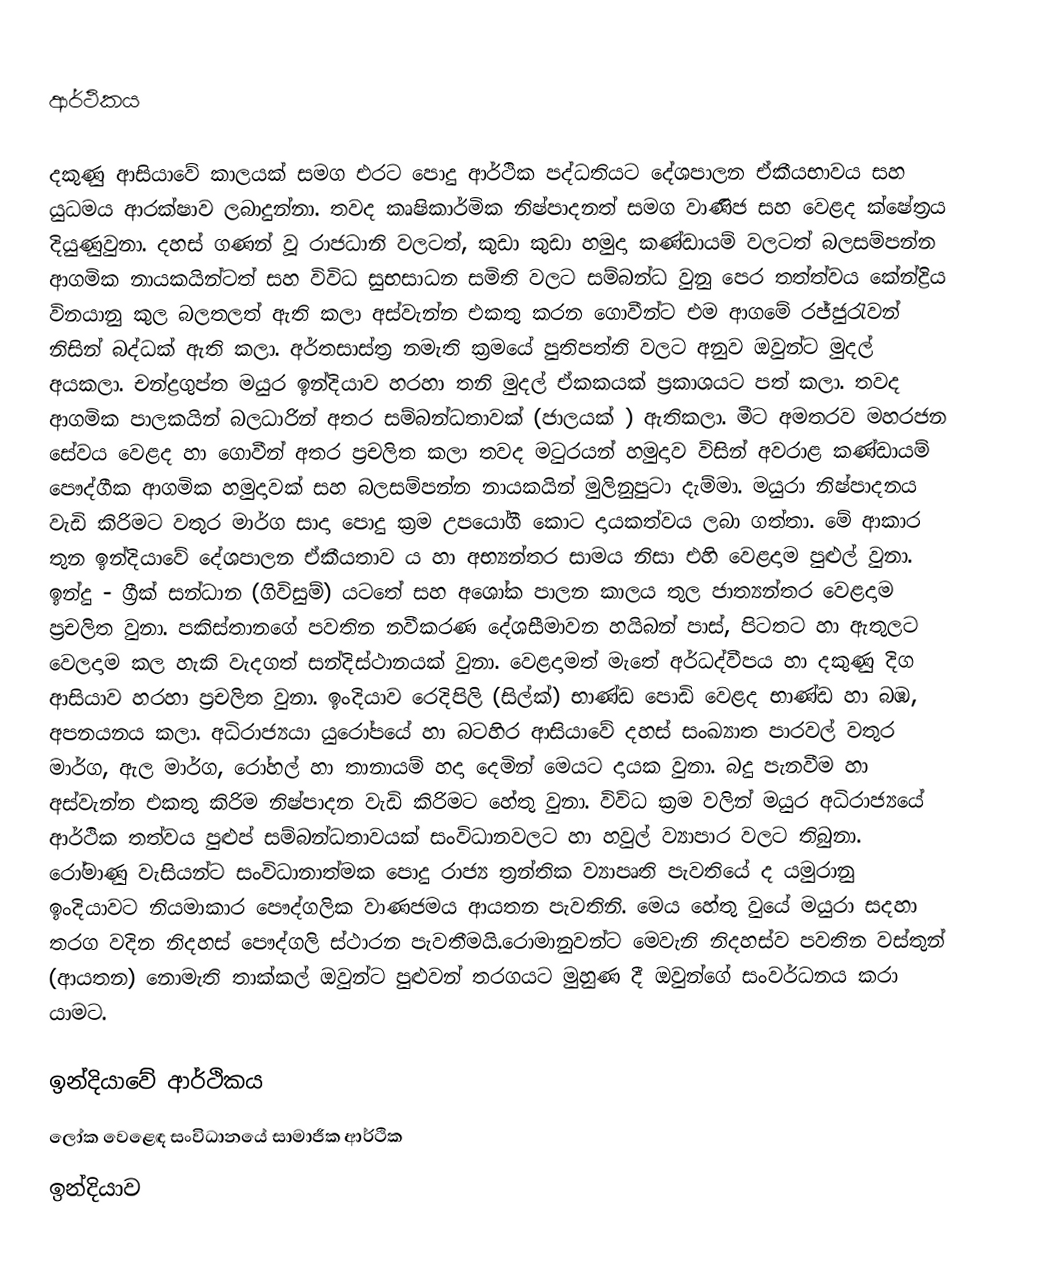
ආර්ථිකය

දකුණු ආසියාවේ කාලයක් සමග එරට පොදු ආර්ථික පද්ධතියට ‍දේශපාලන ඒකීයභාවය සහ යුධමය ආරක්ෂාව ලබාදුන්නා. තවද කෘෂිකාර්මික නිෂ්පාදනත් සමග වාණිජ සහ වෙළද ක්ෂේත්‍රය දියුණුවුනා. දහස් ගණන් වූ රාජධානි වලටත්, කුඩා කුඩා හමුදා කණ්ඩායම් වලටත් බලසම්පන්න ආගමික නායකයින්ටත් සහ විවිධ සුභසාධන සමිති වලට සම්බන්ධ වුනු පෙර තත්ත්වය කේන්ද්‍රිය විනයානු කුල බලතලත් ඇති කලා අස්වැන්න එකතු කරන ගොවීන්ට එම ආගමේ රජ්ජුරැවන් නිසින් බද්ධක් ඇති කලා. අර්තසාස්ත්‍ර නමැති ක්‍රමයේ පුතිපත්ති වලට අනුව ඔවුන්ට මුදල් අයකලා. චන්ද්‍රගුප්ත මයුර ඉන්දියාව හරහා තනි මුදල් ඒකකයක් ප්‍රකාශය‍ට පත් කලා. තවද ආගමික පාලකයින් බලධාරින් අතර සම්බන්ධතාවක් (ජාලයක් ) ඇතිකලා. මීට අමතරව මහරජන සේවය වෙළද හා ගොවීන් අතර ප්‍රචලිත කලා තවද මටුර‍යන් ‍හමුදාව විසින් අවරාළ කණ්ඩායම් පෞද්ගීක ආගමික හමුදාවක් සහ බලසම්පන්න නායකයින්  මුලිනුපුටා දැම්මා. මයුරා නිෂ්පාදනය වැඩි කිරිමට වතුර මාර්ග සාදා පොදු ක්‍රම උපයෝගී කොට දායකත්වය ලබා ගත්තා. මේ ආකාර තුන ඉන්දියාවේ දේශපාලන ඒකීයතාව ය හා  අභ්‍යන්තර සාමය නිසා එහි වෙළදාම පුළුල් වුනා. ඉන්දු - ග්‍රීක් සන්ධාන (ගිවිසුම්) යටතේ සහ අ‍ශෝක පාලන  කාලය තුල ජාත්‍යන්තර වෙළදාම ප්‍රචලිත වුනා. පකිස්තානගේ පවතින නවීකරණ දේශසීමාවන  හයිබන් පාස්, පිටතට හා ඇතුලට  වෙලදාම කල හැකි වැදගත් සන්දිස්ථානයක් වුනා. වෙළදාමත් මැතේ අර්ධද්වීපය හා දකුණු දිග ආසියාව හරහා ප්‍රචලිත වුනා. ඉංදියාව රෙදිපිලි (සිල්ක්) භාණ්ඩ පොඩි වෙළද භාණ්ඩ හා බඹ, අපනයනය කලා. අධිරාජ්‍යයා යුරෝපයේ හා බටහිර ආසියාවේ දහස් සංඛ්‍යාත පාරවල් වතුර මාර්ග, ඇල මාර්ග,  රෝහල් හා තානායම් හදා දෙමින් මෙයට දායක වුනා. බදු පැනවීම හා අස්වැන්න එකතු කිරිම නිෂ්පාදන වැඩි කිරිමට හේතු වුනා. විවිධ ක්‍රම වලින් මයුර අධිරාජ්‍යයේ ආර්ථික තත්වය පුළුප් සම්බන්ධතාවයක් සංවිධානවලට හා හවුල් ව්‍යාපාර වලට තිබුනා. රෝමාණු වැසියන්ට සංවිධානාත්මක පොදු රාජ්‍ය ත්‍රන්තික ව්‍යාපෘති පැවතියේ ද යමුරානු ඉංදියාවට නියමාකාර පෞද්ගලික වාණජමය ආයතන පැවතිනි.  මෙය හේතු වුයේ මයුරා සදහා තරග වදින නිදහස් පෞද්ගලි ස්ථාරන පැවතීමයි.රොමානුවන්ට මෙවැනි නිදහස්ව පවතින වස්තුන් (ආයතන) නොමැති තාක්කල් ඔවුන්ට පුළුවන් තරගයට මුහුණ දී ඔවුන්ගේ සංවර්ධනය කරා යාමට.

ඉන්දියාවේ ආර්ථිකය
ලෝක වෙළෙඳ සංවිධානයේ සාමාජීක ආර්ථික
ඉන්දියාව